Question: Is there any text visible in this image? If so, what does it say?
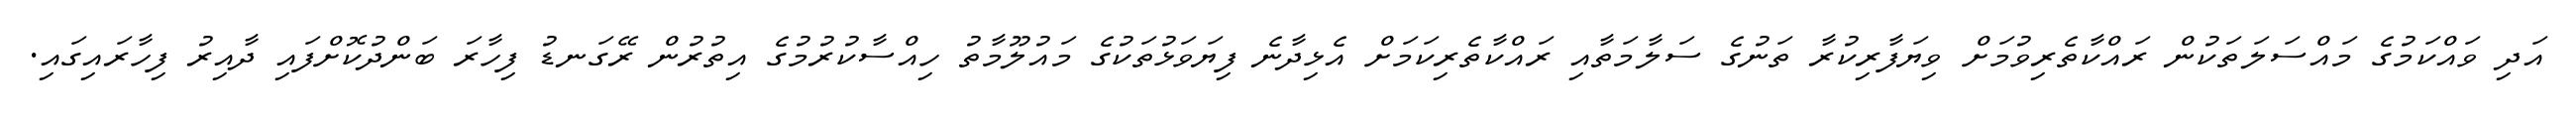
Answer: އަދި ވައްކަމުގެ މައްސަލަތަކުން ރައްކާތެރިވުމަށް ވިޔަފާރިކުރާ ތަނުގެ ސަލާމަތާއި ރައްކާތެރިކަމަށް އެޅިދާނެ ފިޔަވަޅުތަކުގެ މައުލޫމާތު ހިއްސާކުރުމުގެ އިތުރުން ރޭގަނޑު ފިހާރަ ބަންދުކޮށްފައި ދާއިރު ފިހާރައިގައި.